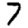
Digit: 7